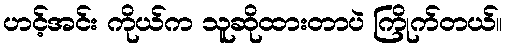
ဟင့်အင်း ကိုယ်က သူဆိုထားတာပဲ ကြိုက်တယ်။